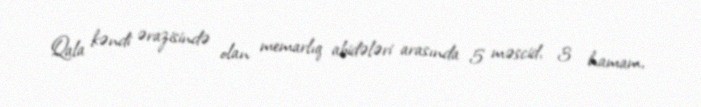
Qala kəndi ərazisində olan memarlıq abidələri arasında 5 məscid, 3 hamam,